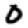
Digit: 0